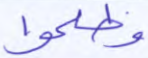
وظلموا